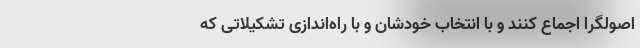
اصولگرا اجماع کنند و با انتخاب خودشان و با راه‌اندازی تشکیلاتی که